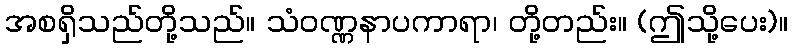
အစရှိသည်တို့သည်။ သံဝဏ္ဏနာပကာရာ၊ တို့တည်း။ (ဤသို့ပေး)။